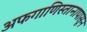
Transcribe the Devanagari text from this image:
अफगाणिस्तानापासून